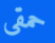
حمقى